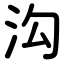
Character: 沟